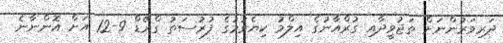
ދަރިވަރުންނަށް ތަޖުވީދާއި ގުރްއާނުގެ އިލްމު ކިޔެވުމުގެ ފުރުސަތު ގްރޭޑް 9-12 އަށް އޮންނާނެ